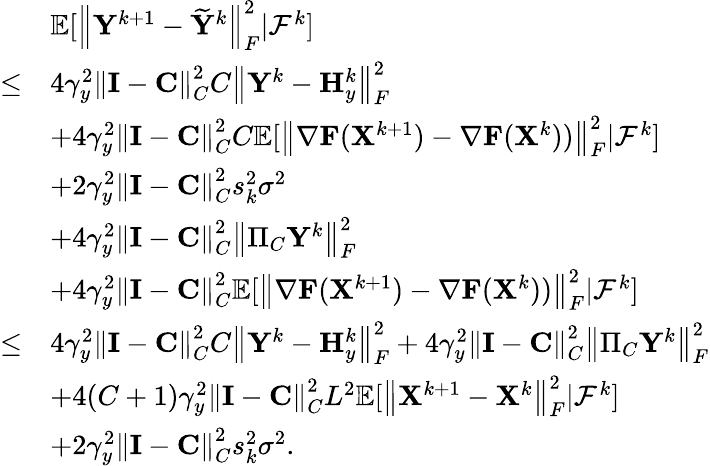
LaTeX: \begin{array}{rl}&{{\mathbb{E}}[\left\| {\mathbf{Y}}^{k+1}-\widetilde{{\mathbf{Y}}}^{k}\right\| _{F}^{2}\vert{\mathcal{F}}^{k}]}\\ {\leq}&{4\gamma_{y}^{2}\left\| {\mathbf{I}}-{\mathbf{C}}\right\| _{C}^{2}C\left\| {\mathbf{Y}}^{k}-{\mathbf{H}}_{y}^{k}\right\| _{F}^{2}}\\ &{+4\gamma_{y}^{2}\left\| {\mathbf{I}}-{\mathbf{C}}\right\| _{C}^{2}C{\mathbb{E}}[\left\| \nabla{\mathbf{F}}({\mathbf{X}}^{k+1})-\nabla{\mathbf{F}}({\mathbf{X}}^{k}))\right\| _{F}^{2}\vert{\mathcal{F}}^{k}]}\\ &{+2\gamma_{y}^{2}\left\| {\mathbf{I}}-{\mathbf{C}}\right\| _{C}^{2}s_{k}^{2}\sigma^{2}}\\ &{+4\gamma_{y}^{2}\left\| {\mathbf{I}}-{\mathbf{C}}\right\| _{C}^{2}\left\| \Pi_{C}{\mathbf{Y}}^{k}\right\| _{F}^{2}}\\ &{+4\gamma_{y}^{2}\left\| {\mathbf{I}}-{\mathbf{C}}\right\| _{C}^{2}{\mathbb{E}}[\left\| \nabla{\mathbf{F}}({\mathbf{X}}^{k+1})-\nabla{\mathbf{F}}({\mathbf{X}}^{k}))\right\| _{F}^{2}\vert{\mathcal{F}}^{k}]}\\ {\leq}&{4\gamma_{y}^{2}\left\| {\mathbf{I}}-{\mathbf{C}}\right\| _{C}^{2}C\left\| {\mathbf{Y}}^{k}-{\mathbf{H}}_{y}^{k}\right\| _{F}^{2}+4\gamma_{y}^{2}\left\| {\mathbf{I}}-{\mathbf{C}}\right\| _{C}^{2}\left\| \Pi_{C}{\mathbf{Y}}^{k}\right\| _{F}^{2}}\\ &{+4(C+1)\gamma_{y}^{2}\left\| {\mathbf{I}}-{\mathbf{C}}\right\| _{C}^{2}L^{2}{\mathbb{E}}[\left\| {\mathbf{X}}^{k+1}-{\mathbf{X}}^{k}\right\| _{F}^{2}\vert{\mathcal{F}}^{k}]}\\ &{+2\gamma_{y}^{2}\left\| {\mathbf{I}}-{\mathbf{C}}\right\| _{C}^{2}s_{k}^{2}\sigma^{2}.}\end{array}